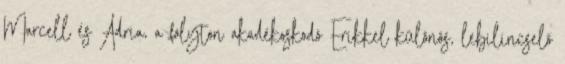
Marcell és Adria, a folyton akadékoskodó Erikkel különös, lebilincselő